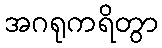
အဂရုကရိတွာ